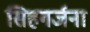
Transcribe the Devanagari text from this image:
सिहगर्जना